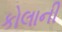
કોલાની